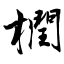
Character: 橍